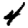
Digit: 4